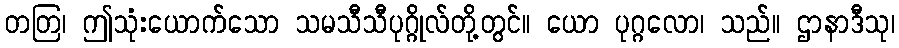
တတြ၊ ဤသုံးယောက်သော သမသီသီပုဂ္ဂိုလ်တို့တွင်။ ယော ပုဂ္ဂလော၊ သည်။ ဌာနာဒီသု၊